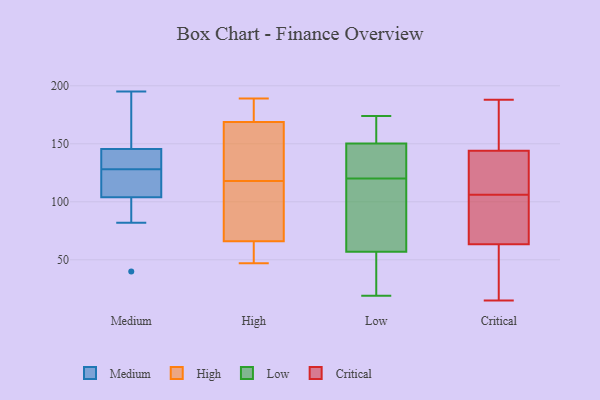
{"axis": {"x": "Gross Profit (USD K)", "y": "Value"}, "legend": ["Critical", "High", "Low", "Medium"], "data": [{"x": "", "y": 40, "type": "Medium"}, {"x": "", "y": 135, "type": "Medium"}, {"x": "", "y": 171, "type": "Medium"}, {"x": "", "y": 107, "type": "Medium"}, {"x": "", "y": 82, "type": "Medium"}, {"x": "", "y": 137, "type": "Medium"}, {"x": "", "y": 95, "type": "Medium"}, {"x": "", "y": 195, "type": "Medium"}, {"x": "", "y": 184, "type": "Medium"}, {"x": "", "y": 128, "type": "Medium"}, {"x": "", "y": 121, "type": "Medium"}, {"x": "", "y": 132, "type": "Medium"}, {"x": "", "y": 110, "type": "Medium"}, {"x": "", "y": 176, "type": "High"}, {"x": "", "y": 189, "type": "High"}, {"x": "", "y": 174, "type": "High"}, {"x": "", "y": 118, "type": "High"}, {"x": "", "y": 51, "type": "High"}, {"x": "", "y": 106, "type": "High"}, {"x": "", "y": 57, "type": "High"}, {"x": "", "y": 47, "type": "High"}, {"x": "", "y": 69, "type": "High"}, {"x": "", "y": 122, "type": "High"}, {"x": "", "y": 167, "type": "High"}, {"x": "", "y": 160, "type": "High"}, {"x": "", "y": 86, "type": "High"}, {"x": "", "y": 87, "type": "Low"}, {"x": "", "y": 153, "type": "Low"}, {"x": "", "y": 107, "type": "Low"}, {"x": "", "y": 47, "type": "Low"}, {"x": "", "y": 19, "type": "Low"}, {"x": "", "y": 141, "type": "Low"}, {"x": "", "y": 174, "type": "Low"}, {"x": "", "y": 120, "type": "Low"}, {"x": "", "y": 142, "type": "Low"}, {"x": "", "y": 166, "type": "Low"}, {"x": "", "y": 24, "type": "Low"}, {"x": "", "y": 107, "type": "Critical"}, {"x": "", "y": 70, "type": "Critical"}, {"x": "", "y": 158, "type": "Critical"}, {"x": "", "y": 50, "type": "Critical"}, {"x": "", "y": 150, "type": "Critical"}, {"x": "", "y": 68, "type": "Critical"}, {"x": "", "y": 142, "type": "Critical"}, {"x": "", "y": 76, "type": "Critical"}, {"x": "", "y": 126, "type": "Critical"}, {"x": "", "y": 106, "type": "Critical"}, {"x": "", "y": 79, "type": "Critical"}, {"x": "", "y": 24, "type": "Critical"}, {"x": "", "y": 26, "type": "Critical"}, {"x": "", "y": 179, "type": "Critical"}, {"x": "", "y": 188, "type": "Critical"}, {"x": "", "y": 121, "type": "Critical"}, {"x": "", "y": 15, "type": "Critical"}]}